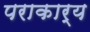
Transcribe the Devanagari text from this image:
पराकार्य